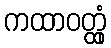
ကထာဝတ္ထုံ